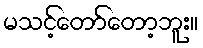
မသင့်တော်တော့ဘူး။